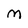
Character: M